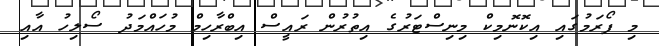
މި ފޯރަމުގައި އިކޮނޮމިކް މިނިސްޓަރުގެ އިތުރުން ރައީސް އިބްރާހިމް މުހައްމަދު ސޯލިހު އާއި